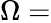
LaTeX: \Omega=